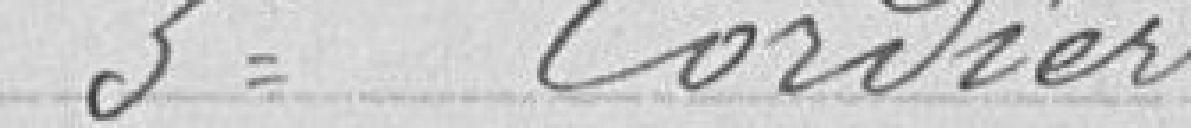
3° Cordier